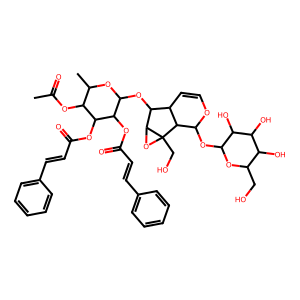
SMILES: CC(=O)OC1C(C)OC(OC2C3C=COC(OC4OC(CO)C(O)C(O)C4O)C3C3(CO)OC23)C(OC(=O)C=Cc2ccccc2)C1OC(=O)C=Cc1ccccc1
Inhibits HIV replication: No